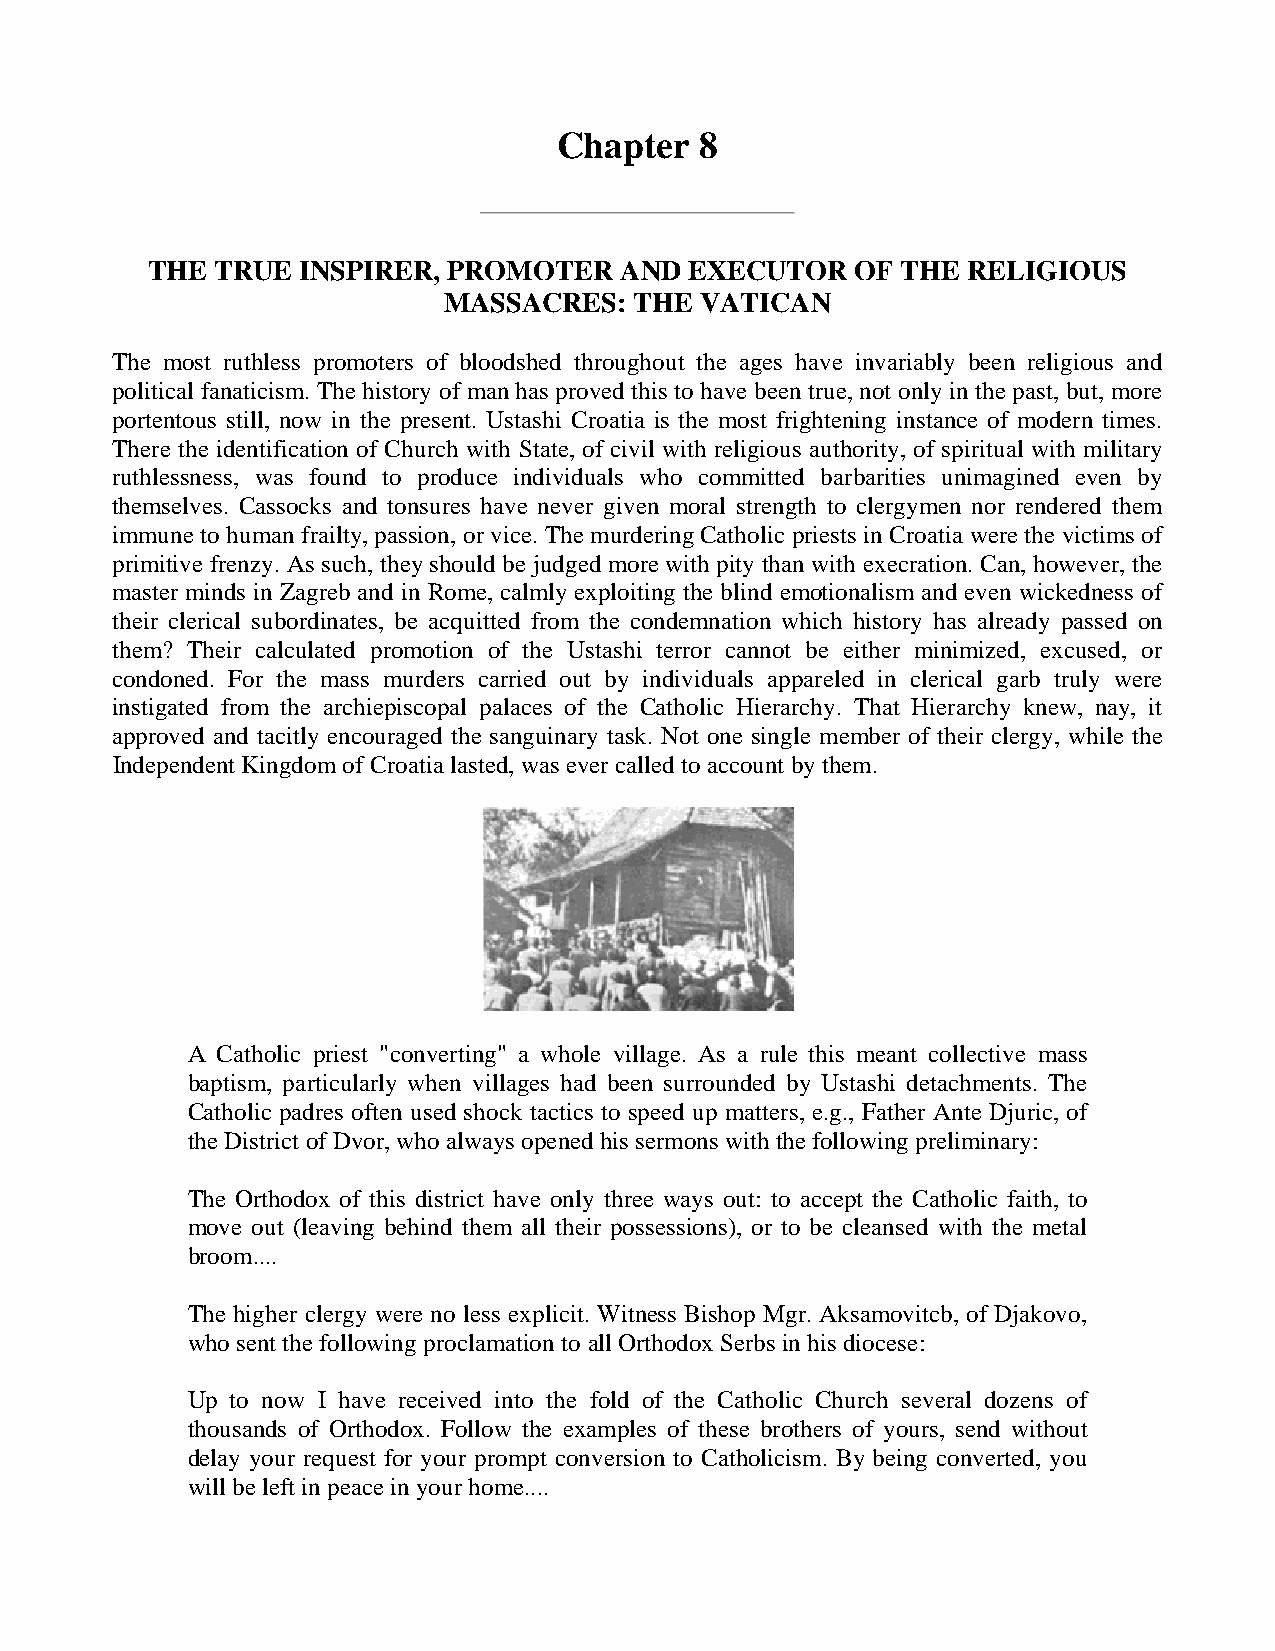
Chapter  8
 THE TRUE  INSPIRER, PROMOTER   AND  EXECUTOR   OF THE RELIGIOUS
 MASSACRES:   THE VATICAN
 The most ruthless promoters of bloodshed throughout the ages have invariably been religious and
 political fanaticism. The history of man has proved this to have been true, not only in the past, but, more
 portentous still, now in the present. Ustashi Croatia is the most frightening instance of modern times.
 There the identification of Church with State, of civil with religious authority, of spiritual with military
 ruthlessness, was found to produce individuals who committed barbarities unimagined even by
 themselves. Cassocks and tonsures have never given moral strength to clergymen nor rendered them
 immune to human frailty, passion, or vice. The murdering Catholic priests in Croatia were the victims of
 primitive frenzy. As such, they should be judged more with pity than with execration. Can, however, the
 master minds in Zagreb and in Rome, calmly exploiting the blind emotionalism and even wickedness of
 their clerical subordinates, be acquitted from the condemnation which history has already passed on
 them? Their calculated promotion of the Ustashi terror cannot be either minimized, excused, or
 condoned. For the mass murders carried out by individuals appareled in clerical garb truly were
 instigated from the archiepiscopal palaces of the Catholic Hierarchy. That Hierarchy knew, nay, it
 approved and tacitly encouraged the sanguinary task. Not one single member of their clergy, while the
 Independent Kingdom of Croatia lasted, was ever called to account by them.
 A Catholic priest "converting" a whole village. As a rule this meant collective mass
 baptism, particularly when villages had been surrounded by Ustashi detachments. The
 Catholic padres often used shock tactics to speed up matters, e.g., Father Ante Djuric, of
 the District of Dvor, who always opened his sermons with the following preliminary:
 The Orthodox of this district have only three ways out: to accept the Catholic faith, to
 move out (leaving behind them all their possessions), or to be cleansed with the metal
 broom....
 The higher clergy were no less explicit. Witness Bishop Mgr. Aksamovitcb, of Djakovo,
 who sent the following proclamation to all Orthodox Serbs in his diocese:
 Up to now I have received into the fold of the Catholic Church several dozens of
 thousands of Orthodox. Follow the examples of these brothers of yours, send without
 delay your request for your prompt conversion to Catholicism. By being converted, you
 will be left in peace in your home....